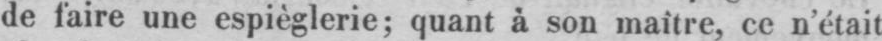
de faire une espièglerie; quant à son maître, ce n’était